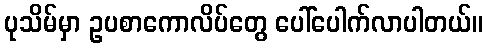
ပုသိမ်မှာ ဥပစာကောလိပ်တွေ ပေါ်ပေါက်လာပါတယ်။